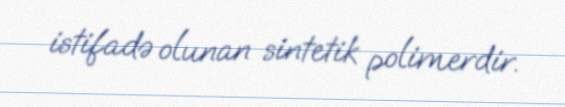
istifadə olunan sintetik polimerdir.